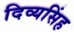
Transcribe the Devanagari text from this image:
दिव्यसिंह